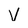
Character: V